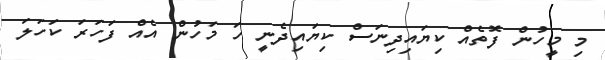
މި މީހުން ފޮތެއް ކިޔައިދިނަސް ކިޔައިދެނީ ހަ މަހުން އެއް ފަހަރަ ކަހަލަ